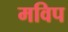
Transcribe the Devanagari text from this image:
मविप